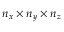
n _ { x } \times n _ { y } \times n _ { z }